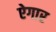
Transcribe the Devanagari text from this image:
ऐगार